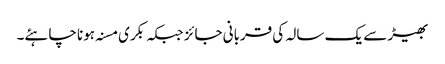
بھیڑ سے یک سالہ کی قربانی جائز جبکہ بکری مسنہ ہونا چاہئے۔